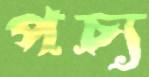
পচ্য